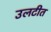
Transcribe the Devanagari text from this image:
उलटीत